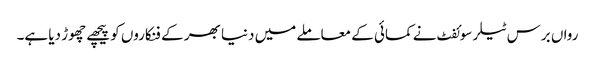
رواں برس ٹیلر سوئفٹ نے کمائی کے معاملے میں دنیا بھر کے فنکاروں کو پیچھے چھوڑ دیا ہے۔